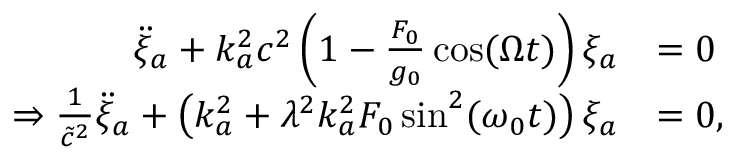
\begin{array} { r l } { \ddot { \xi } _ { a } + k _ { a } ^ { 2 } c ^ { 2 } \left( 1 - \frac { F _ { 0 } } { g _ { 0 } } \cos ( \Omega t ) \right) \xi _ { a } } & { = 0 } \\ { \Rightarrow \frac { 1 } { \tilde { c } ^ { 2 } } \ddot { \xi } _ { a } + \left( k _ { a } ^ { 2 } + \lambda ^ { 2 } k _ { a } ^ { 2 } F _ { 0 } \sin ^ { 2 } ( \omega _ { 0 } t ) \right) \xi _ { a } } & { = 0 , } \end{array}